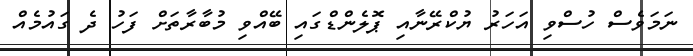
ނަމަވެސް ހުސްވި އަހަރު ޔުކްރޭނާއި ޕޮލެންޑްގައި ބޭއްވި މުބާރާތަށް ފަހު ދެ ގައުމެއް